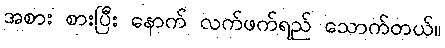
အစား စားပြီး နောက် လက်ဖက်ရည် သောက်တယ်။